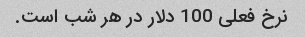
نرخ فعلی 100 دلار در هر شب است.